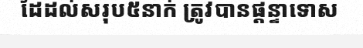
ដៃដល់សរុប៥នាក់ ត្រូវបានផ្តន្ទាទោស